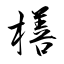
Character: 橏